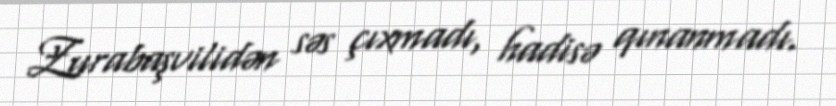
Zurabaşvilidən səs çıxmadı, hadisə qınanmadı.